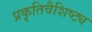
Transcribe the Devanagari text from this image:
प्रकृतिवैशिष्ट्य